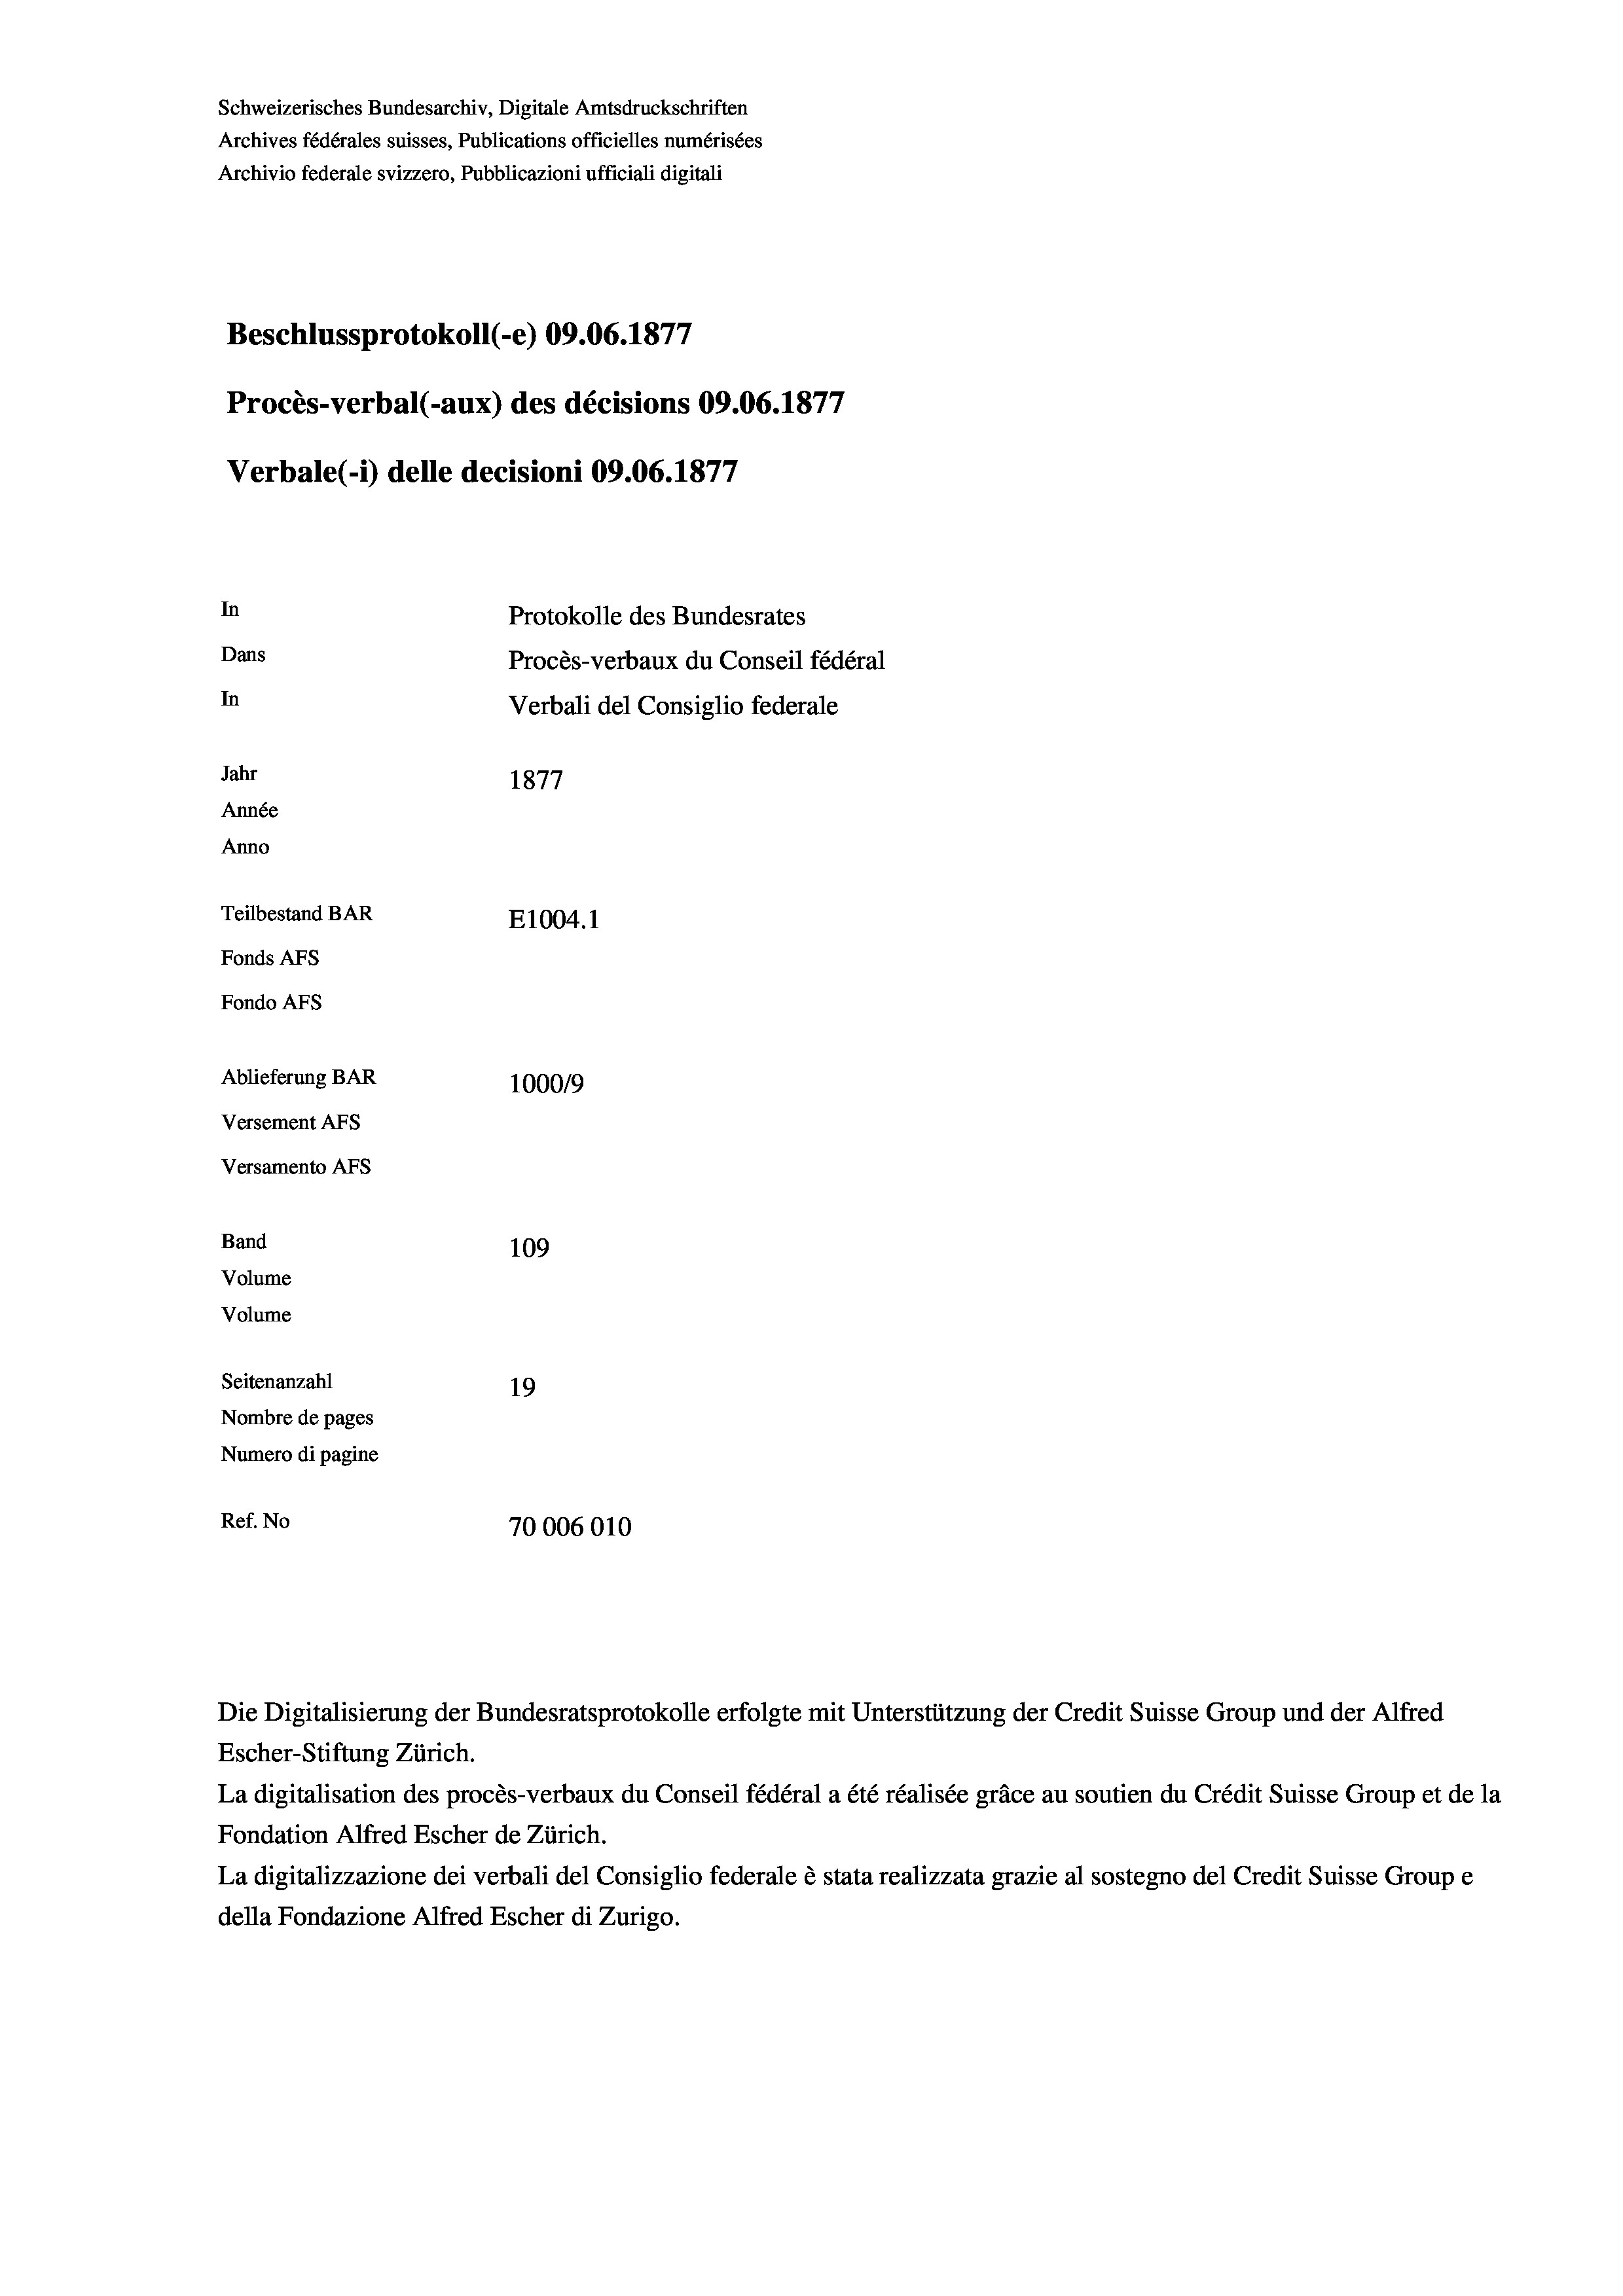
Schweizerisches Bundesarchiv, Digitale Amtsdruckschriften
Archives fédérales suisses, Publications officielles numérisées
Archivio federale svizzero, Pubblicazioni ufficiali digitali
Beschlussprotokoll (-e) 09.06. 1877
Procès-verbal (-aux) des décisions 09.06. 1877
Verbale (1) delle decisioni 09.06. 1877
In
Protokolle des Bundesrates
Dans
Procès-verbaux du Conseil fédéral
In
Verbali del Consiglio federale
Jahr
1877
Année
Anno
Teilbestand BAR
E1004. 1
Fonds AFs
Fondo AFs
Ablieferung BAR
1000/9
Versement Abs

Versamento AFs
Band

109
Volume
Volume
Seitenanzahl
19
Nombre de pages
Numero di pagine
Ref. No
70006010

Escher-Stiftung Zürich.
La digitalisation des procès-verbaux du Conseil fédéral a été réalisée gräce au soutien du Crédit Suisse Group et de la
Fondation Alfred Escher de Zürich.
La digitalizzazione dei verbali del Consiglio federale è stata realizzata grazie al sostegno del Credit Suisse Groupe
della Fondazione Alfred Escher di Zurigo.

Die Digitalisierung der Bundesratsprotokolle erfolgte mit Unterstützung der Credit Suisse Group und der Alfred